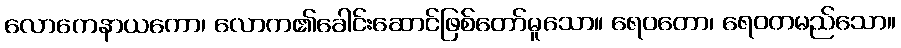
လောကေနာယကော၊ လောက၏ခေါင်းဆောင်ဖြစ်တော်မူသော။ ရေဝတော၊ ရေဝတမည်သော။